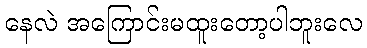
နေလဲ အကြောင်းမထူးတော့ပါဘူးလေ